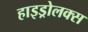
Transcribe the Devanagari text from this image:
हाइड्रोलक्स